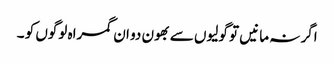
اگر نہ مانیں تو گولیوں سے بھون دو ان گمراہ لوگوں کو ۔